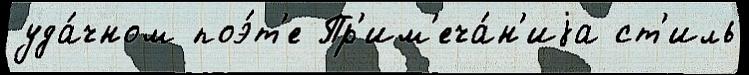
уда́чном поэ́т'е Пр'им'еча́н'иjа ст'иль